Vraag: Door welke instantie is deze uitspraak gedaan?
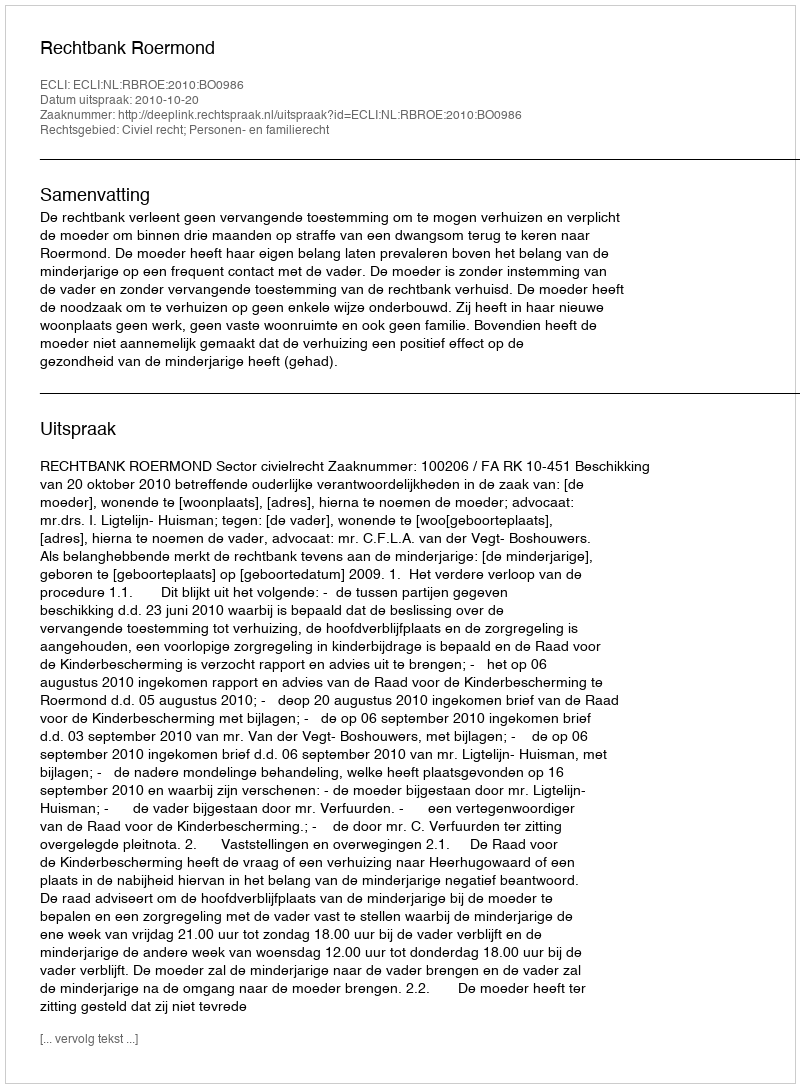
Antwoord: Rechtbank Roermond